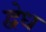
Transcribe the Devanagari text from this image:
द्वेध